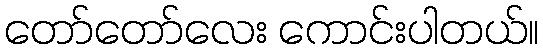
တော်တော်လေး ကောင်းပါတယ်။